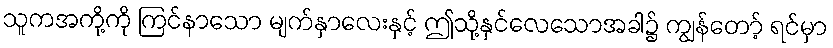
သူကအကို့ကို ကြင်နာသော မျက်နှာလေးနှင့် ဤသို့နှင်လေသောအခါ၌ ကျွန်တော့် ရင်မှာ